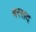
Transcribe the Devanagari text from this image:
बरसद